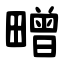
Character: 㽪